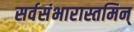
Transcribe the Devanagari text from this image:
सर्वसंभारास्तमिन्‌